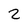
Character: 2